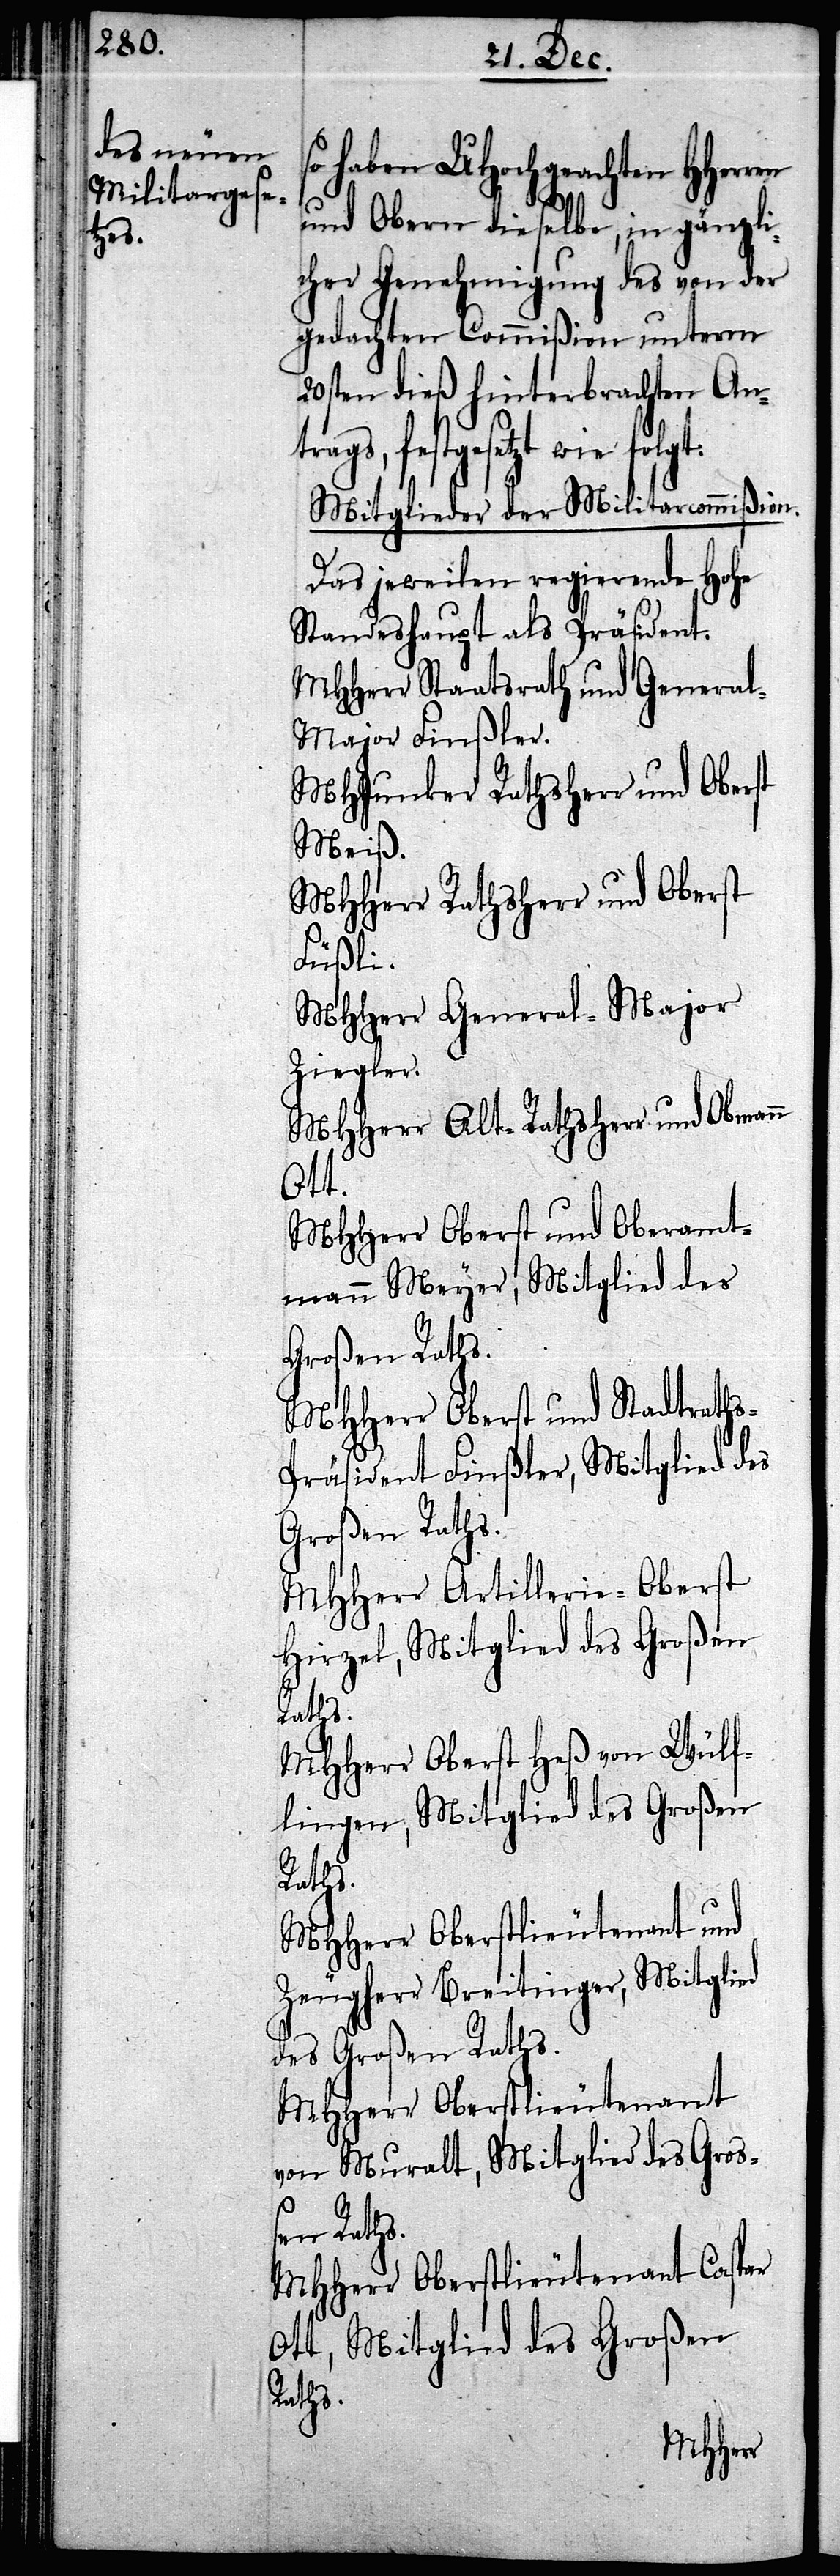
so haben UHochgeachten HHerren
und Obern dieselbe, in gänzli¬
cher Genehmigung des von der
gedachten Commißion unterm
20sten dieß hinterbrachten Antr¬
ags, festgesetzt wie folg¬
Mitglieder der Militarcommißion.
Das jeweilen regierende Hohe
Standeshaupt als Präsident.
MHHerr Staatsrath und Genera¬
l-Major Finßler.
MHJunker Rathsherr und Oberst
Meiß.
MHHerr Rathsherr und Oberst
Füßli.
MHHerr General-Major
Ziegler.
MHHerr Alt-Rathsherrr und
Ott.
MHHerr Oberst und Oberamt¬
mann Meyer, Mitglied des
Großen Raths.
MHHerr Oberst und Stadtrath¬
s-Präsident Finßler, Mitglied des
Großen Raths.
MHHerr Artillerie-Oberst
Hirzel, Mitglied des Großen
Raths.
MHHerr Oberst Heß von Wülf¬
lingen, Mitglied des Großen
Raths.
MHHerr Oberstlieutenant und
Zeugherr Breitinger, Mitglied
des Großen Raths.
MHHerr Oberstlieutenant
von Muralt, Mitglied des Groß¬
en Raths.
MHHerrn Oberstlieutenant Caspar
Ott, Mitglied des Großen
Raths.